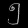
Digit: ၅